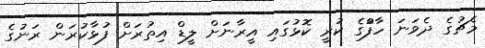
މެޗުގެ ދެވަނަ ހާފްުގެ ކުރީ ކޮޅުގައި އީރާނަށް ލީޑް އިތުރަށް ފުޅާކުރަން ރަނުގެ